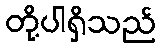
တို့ပါရှိသည်